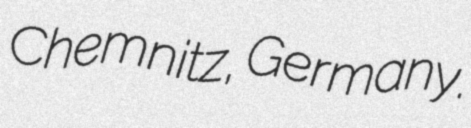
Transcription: Chemnitz, Germany.